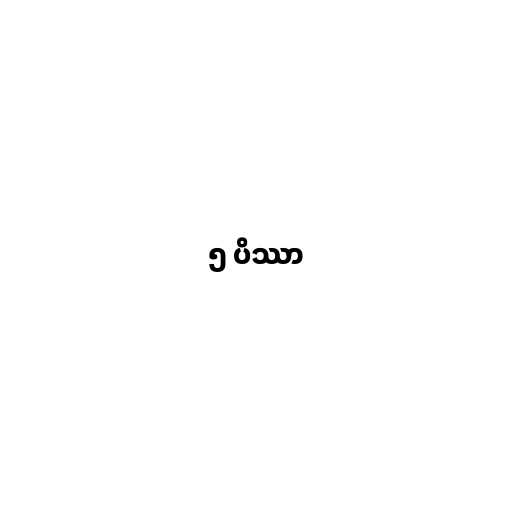
၅ ပိဿာ